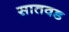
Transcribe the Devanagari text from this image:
सातवड